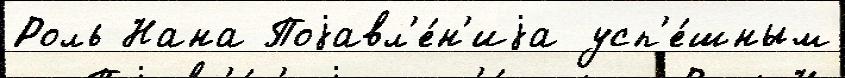
Роль Нана Поjавл'е́н'иjа усп'е́шным